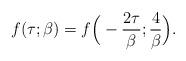
LaTeX: \begin{align*}f(\tau;\beta) = f \Big ( - {2\tau \over \beta} ; {4 \over \beta} \Big ).\end{align*}